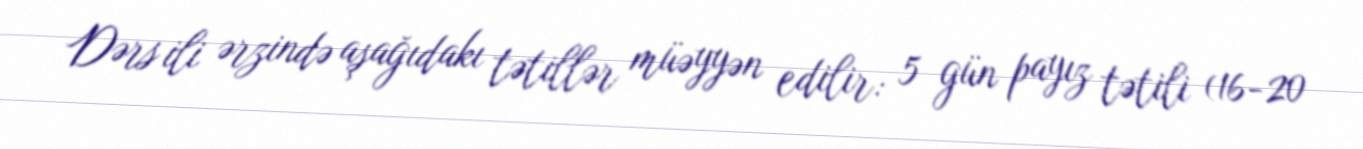
Dərs ili ərzində aşağıdakı tətillər müəyyən edilir: 5 gün payız tətili (16-20